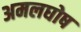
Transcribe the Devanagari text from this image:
अमलघोष